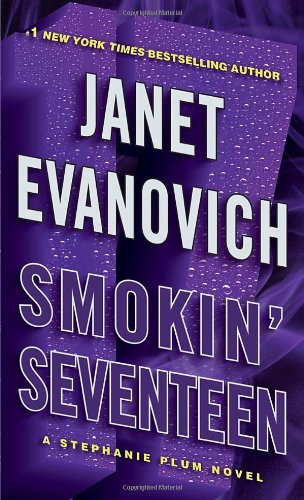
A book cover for Smokin' Seventeen (Stephanie Plum); Janet Evanovich; Romance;